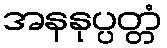
အနနုပ္ပတ္တံ